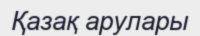
Қазақ арулары